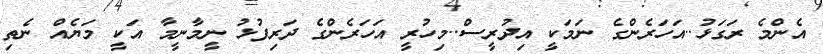
އެންމެ ރަގަޅު..އަހަރެންގެ ނަމަކީ އިދުރީސް..މިހުރީ އަހަރެންގެ ދަރިފުޅު ނީމާނީމާ އަކީ މަޔެއް ނެތި